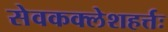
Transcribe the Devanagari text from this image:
सेवकक्लेशहर्त्तः